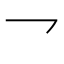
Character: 𪛙